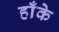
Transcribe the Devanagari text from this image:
हाँके